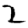
Digit: 2